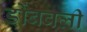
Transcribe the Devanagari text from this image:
डोंबवली